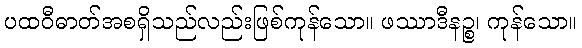
ပထဝီဓာတ်အစရှိသည်လည်းဖြစ်ကုန်သော။ ဖဿာဒီနဉ္စ၊ ကုန်သော။